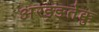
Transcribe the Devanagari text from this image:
अरङ्ङतेक्कु